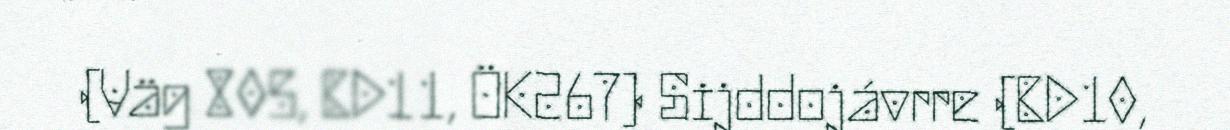
(Väg 805, BD11, ÖK267) Sijddojávrre (BD10,